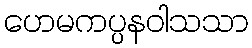
ဟေမကပ္ပနဝါသသာ